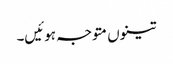
تینوں متوجہ ہوئیں۔